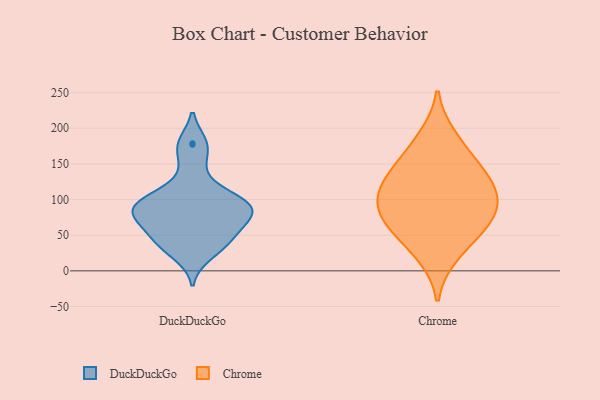
{"axis": {"x": "Budget (USD K)", "y": "Value"}, "legend": ["Chrome", "DuckDuckGo"], "data": [{"x": "", "y": 89, "type": "DuckDuckGo"}, {"x": "", "y": 177, "type": "DuckDuckGo"}, {"x": "", "y": 86, "type": "DuckDuckGo"}, {"x": "", "y": 22, "type": "DuckDuckGo"}, {"x": "", "y": 89, "type": "DuckDuckGo"}, {"x": "", "y": 82, "type": "DuckDuckGo"}, {"x": "", "y": 67, "type": "DuckDuckGo"}, {"x": "", "y": 103, "type": "DuckDuckGo"}, {"x": "", "y": 75, "type": "DuckDuckGo"}, {"x": "", "y": 50, "type": "DuckDuckGo"}, {"x": "", "y": 43, "type": "DuckDuckGo"}, {"x": "", "y": 179, "type": "DuckDuckGo"}, {"x": "", "y": 148, "type": "DuckDuckGo"}, {"x": "", "y": 33, "type": "DuckDuckGo"}, {"x": "", "y": 112, "type": "DuckDuckGo"}, {"x": "", "y": 90, "type": "DuckDuckGo"}, {"x": "", "y": 103, "type": "DuckDuckGo"}, {"x": "", "y": 42, "type": "DuckDuckGo"}, {"x": "", "y": 69, "type": "DuckDuckGo"}, {"x": "", "y": 139, "type": "Chrome"}, {"x": "", "y": 22, "type": "Chrome"}, {"x": "", "y": 72, "type": "Chrome"}, {"x": "", "y": 89, "type": "Chrome"}, {"x": "", "y": 108, "type": "Chrome"}, {"x": "", "y": 106, "type": "Chrome"}, {"x": "", "y": 188, "type": "Chrome"}, {"x": "", "y": 69, "type": "Chrome"}, {"x": "", "y": 52, "type": "Chrome"}, {"x": "", "y": 125, "type": "Chrome"}, {"x": "", "y": 157, "type": "Chrome"}]}